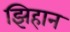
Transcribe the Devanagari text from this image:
झिहान